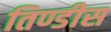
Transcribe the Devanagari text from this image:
तिण्डीस